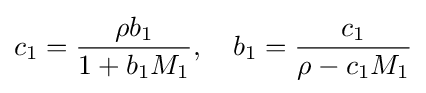
c_{1}={\frac {\rho b_{1}}{1+b_{1}M_{1}}},\quad b_{1}={\frac {c_{1}}{\rho -c_{1}M_{1}}}